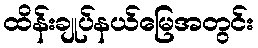
ထိန်းချုပ်နယ်မြေအတွင်း